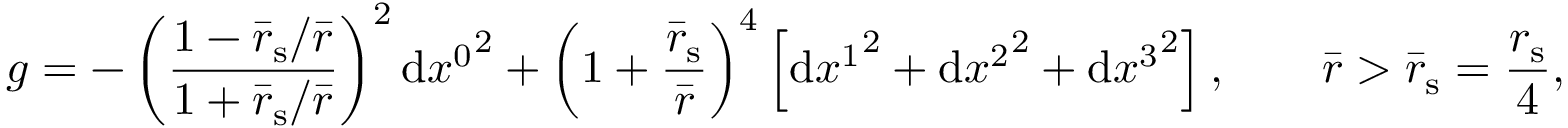
g = - \left( \frac { 1 - { \bar { r } _ { \mathrm { s } } } / { \bar { r } } } { 1 + { \bar { r } _ { \mathrm { s } } } / { \bar { r } } } \right) ^ { 2 } \mathrm { d } { x ^ { 0 } } ^ { 2 } + \left( 1 + \frac { \bar { r } _ { \mathrm { s } } } { \bar { r } } \right) ^ { 4 } \left[ \mathrm { d } { x ^ { 1 } } ^ { 2 } + \mathrm { d } { x ^ { 2 } } ^ { 2 } + \mathrm { d } { x ^ { 3 } } ^ { 2 } \right] , \qquad \bar { r } > \bar { r } _ { \mathrm { s } } = \frac { r _ { \mathrm { s } } } { 4 } ,